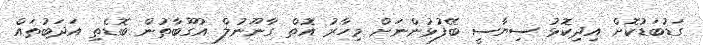
ގަޑުބަޑުކޮށް އިދިކޮޅު ސިޔާސީ ބޭފުޅުންނަށް މިހާރު އޮތް ގާނޫނުލް އުގޫބާތުން ބޮޑެތި އަދަބުތައް